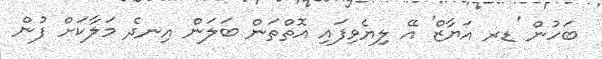
ބަހުން 'ޑރ އަޔާޒް' އޭ ލިޔެވިފައި އޮތްތަން ބަލަން އިނދެ މަލާކަށް ފުން